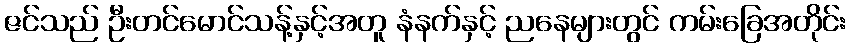
ဇင်သည် ဦးတင်မောင်သန့်နှင့်အတူ နံနက်နှင့် ညနေများတွင် ကမ်းခြေအတိုင်း